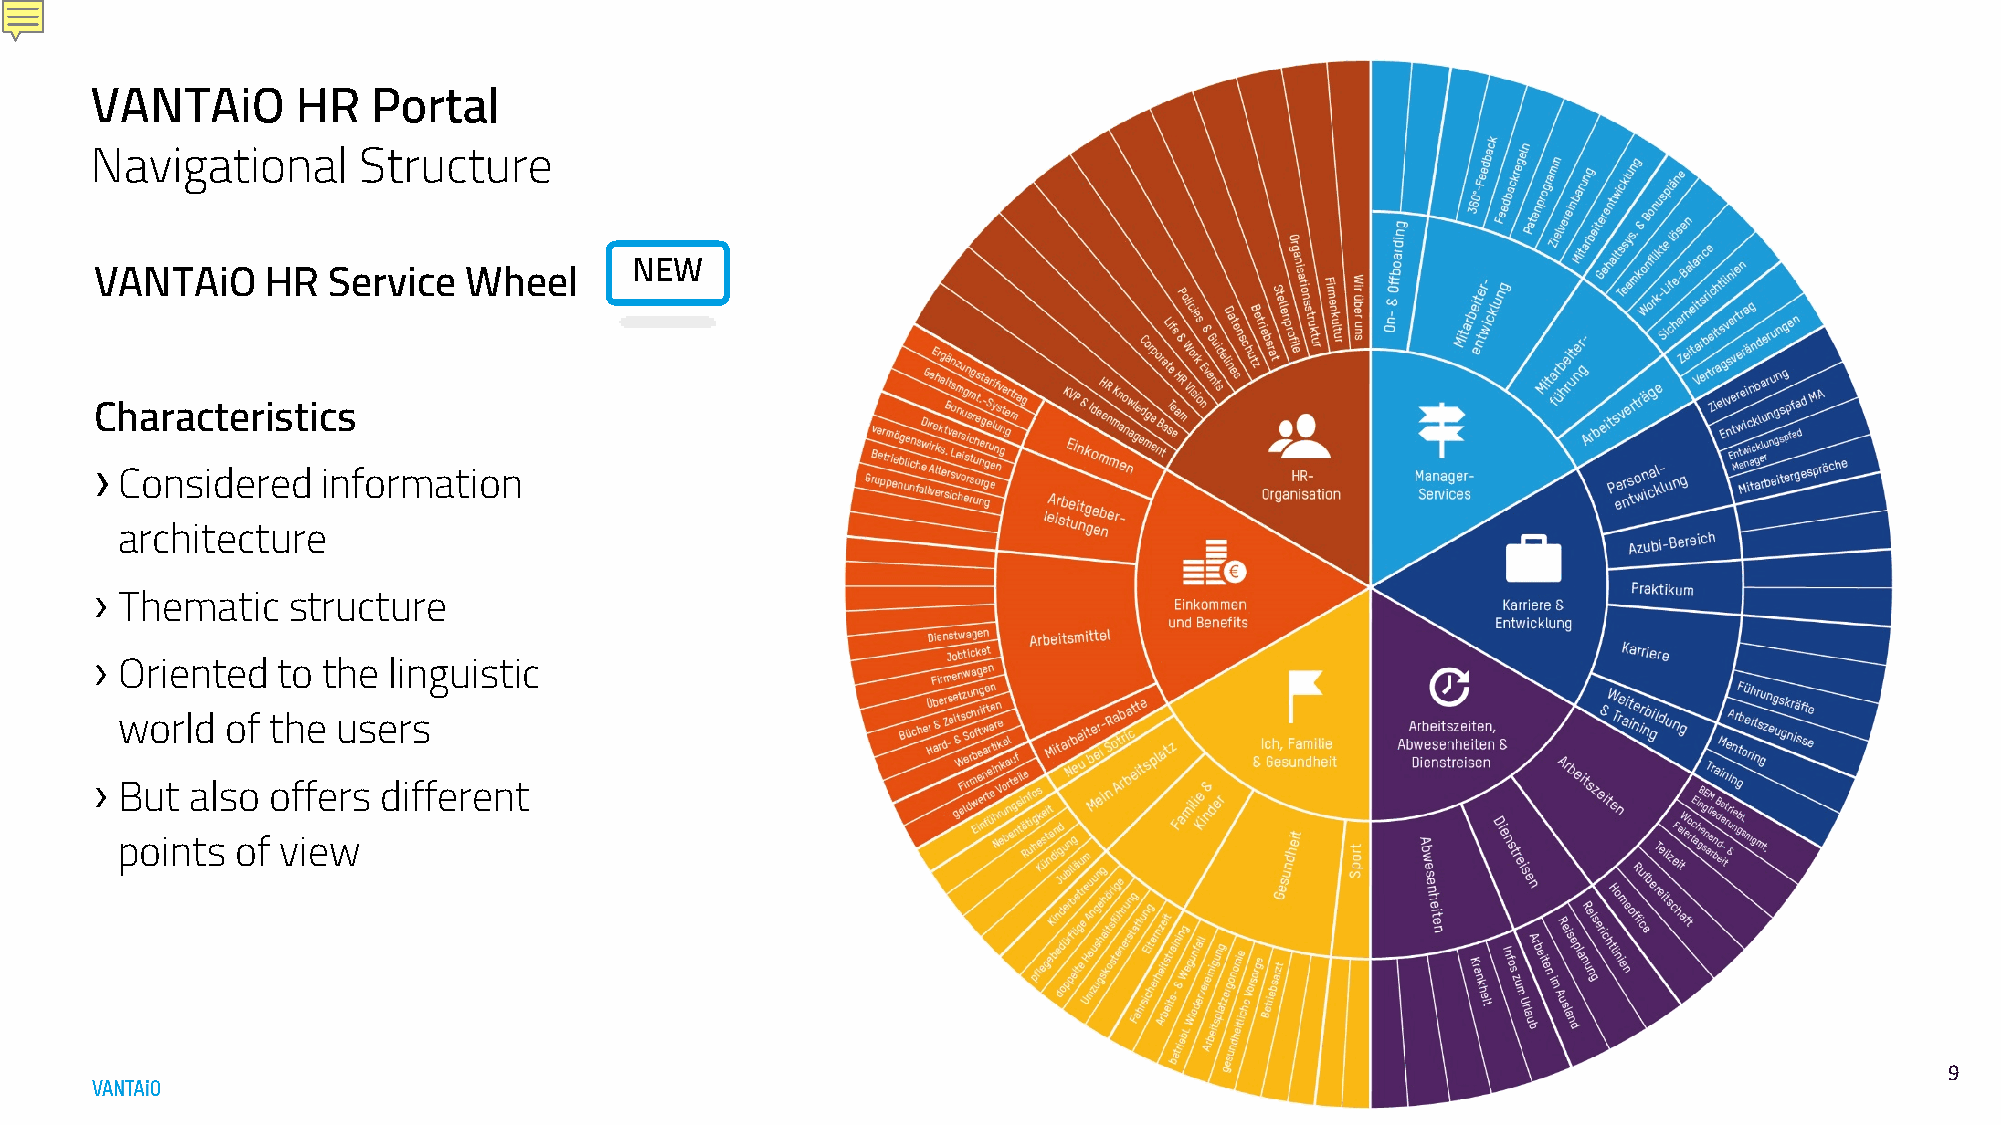
VANTAiO       HR   Portal
 Navigational      Structure
 NEW
 VANTAiO     HR  Service  Wheel
 Characteristics
 ›
 Considered   information
 architecture
 ›
 Thematic   structure
 ›
 Oriented  to the  linguistic
 world  of the users
 ›
 But  also offers different
 points  of view
 99